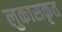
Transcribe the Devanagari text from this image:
लुकासकृत